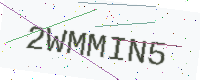
Text: 2WMMIN5